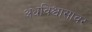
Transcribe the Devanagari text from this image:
अंधविश्वासावर